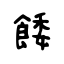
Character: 餧